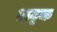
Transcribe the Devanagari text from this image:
अट्ठक